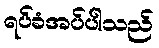
ရပ်ခံအပ်ပါသည်